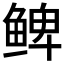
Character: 𲍕